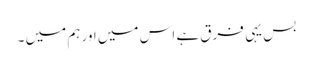
بس یہی فرق ہے اس میں اور ہم میں ۔